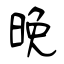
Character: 晩